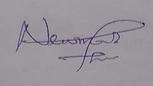
Signature authenticity: genuine